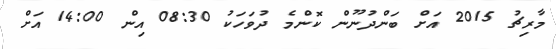
މާރިޗު 2015 އަށް ބަންދުނޫން ކޮންމެ ދުވަހަކު 08:30 އިން 14:00 އަށް